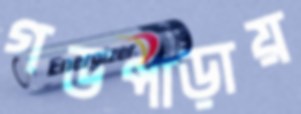
গডপাড়ায়